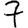
Digit: 7